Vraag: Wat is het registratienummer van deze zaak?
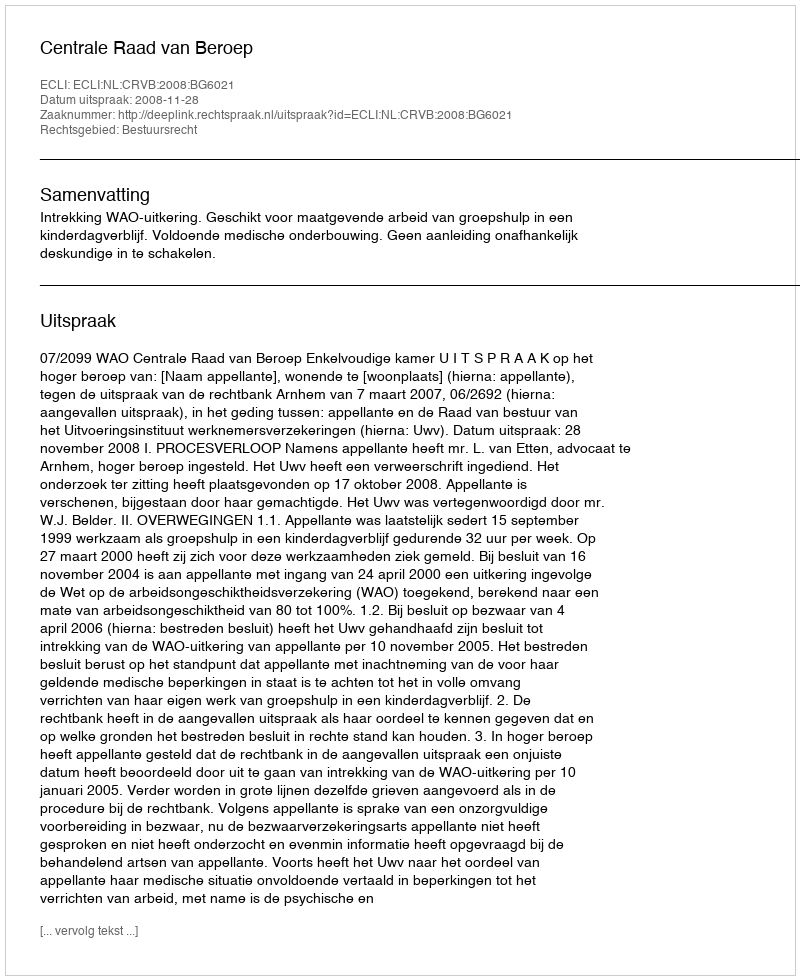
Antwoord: http://deeplink.rechtspraak.nl/uitspraak?id=ECLI:NL:CRVB:2008:BG6021